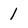
Character: 1